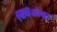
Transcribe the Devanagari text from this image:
क्वितोवा